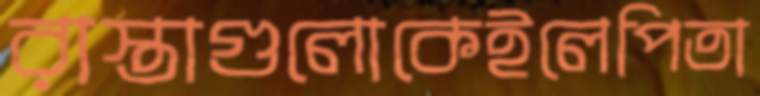
রাস্তাগুলোকেইলেপিতা